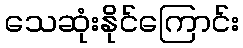
သေဆုံးနိုင်ကြောင်း